Regulations for the medical services of the Army of India
Year: 1930
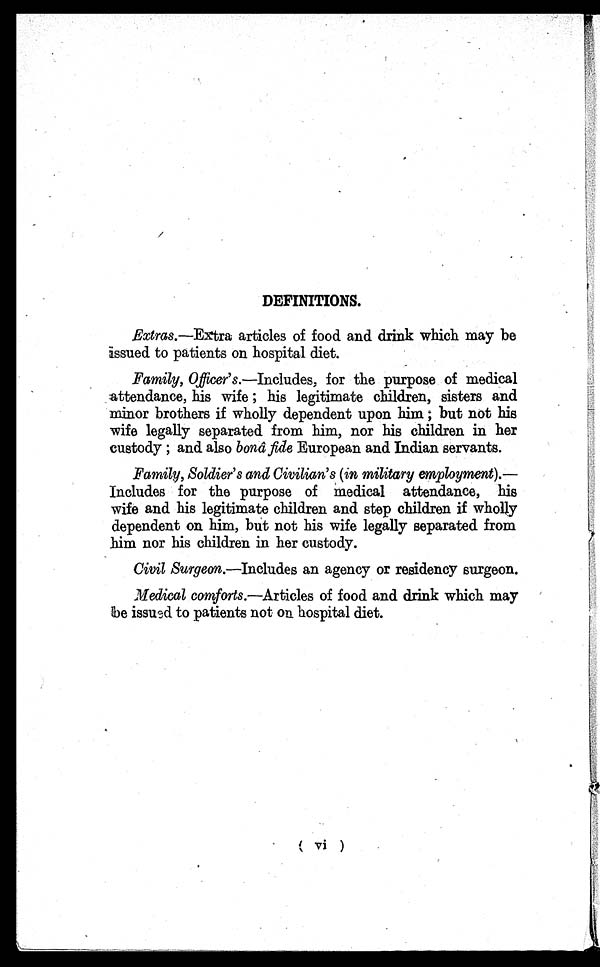
DEFINITIONS.
Extras.—Extra articles of food and drink which may be
issued to patients on hospital diet.
Family, Officer's. —Includes, for the purpose of medical
attendance, his wife ; his legitimate children, sisters and
minor brothers if wholly dependent upon him ; but not his
wife legally separated from him, nor his children in her
custody ; and also bonâ fide European and Indian servants.
Family, Soldier's and Civilian's (in military employment).—
Includes for the purpose of medical attendance, his
wife and his legitimate children and step children if wholly
dependent on him, but not his wife legally separated from
him nor his children in her custody.
Civil Surgeon.—Includes an agency or residency surgeon.
Medical comforts.—Articles of food and drink which may
be issued to patients not on hospital diet.